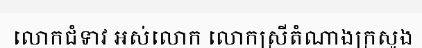
លោកជំទាវ អស់លោក លោកស្រីតំណាងក្រសួង